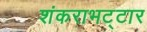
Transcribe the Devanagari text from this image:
शंकराभट्टार